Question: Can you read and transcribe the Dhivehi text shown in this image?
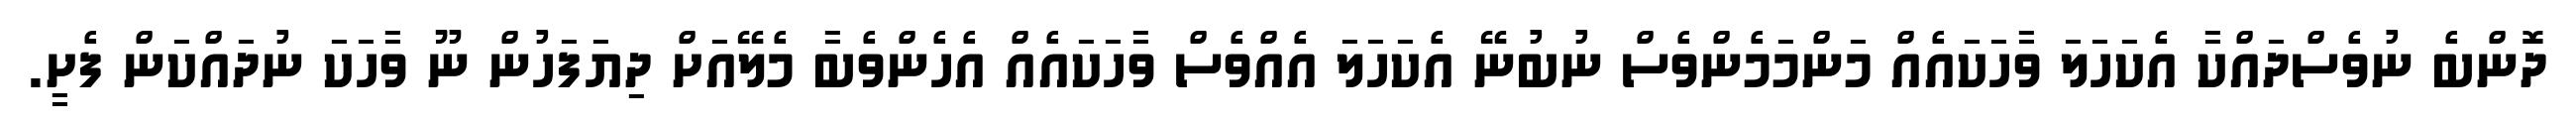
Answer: ދޮންބެ ނުވެސްދައްކާ އެކަހަލަ ވާހަކައެއް މަންމަމެންވެސް ނުބުނޭ އެކަހަލަ އެއްވެސް ވާހަކައެއް އެހެންވެބާ މެލޭއަށް ދިޔަފަހުން ނޫ ވާހަކަ ނުދައްކަން ފެށީ.